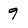
Character: 9